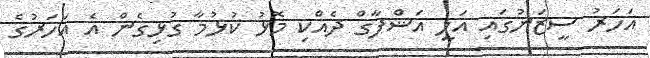
އަހަރު ސީޒަނުގައި އަލީ އަޝްފާގް ދެއްކި މޮޅު ކުޅުމާ ގުޅިގެން އެ އަހަރުގެ